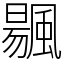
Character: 䬗